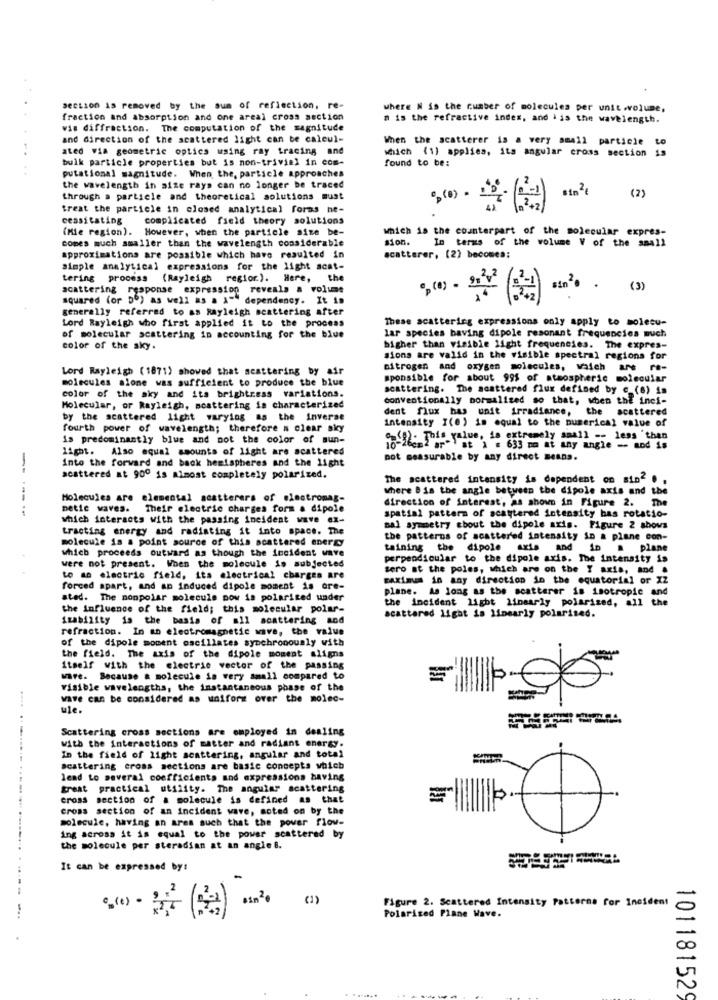
section is removed by the sum of reflection, re-
where N is the number of molecules per unit wolune,
fraction and absorption and one areal cross section
n is the refractive index, and iis the wavelength.
wis diffraction. The computation of the magnitude
and direction of the scattered light can be calcul-
When the scatterer is a very small particle to
ated via geometric optics using ray tracing and
which (1) applies, its angular cross section is
bulk particle properties but is non-trivial in com-
found to be:
putational magnitude. When the, particle approaches
the wavelength in size rays can no longer be traced
through a particle and theoretical solutions must
( 2)
treat the particle in closed analytical forms ne-
cessitating
complicated field theory solutions
(Mie region). However, when the particle size be-
which is the counterpart of the molecular expres-
comes much smaller than the wavelength considerable
sion.
In terms of the volume V of the small
approximations are possible which have resulted in
scatterer, (2) becomea:
simple analytical expressions for the light scat-
tering process (Rayleigh region.). Here, the
acattering response expression reveals a volume
sin2· · (3)
squared (or DO) as well as a A"" dependency. It is
generally referred to as Rayleigh scattering after
Lord Rayleigh who first applied it to the process
These scattering expressions only apply to molecu-
of molecular scattering in accounting for the blue
lar species baving dipole resonant frequencies much
color of the sky.
higher than visible light frequencies. The expres-
sions are valid in the visible spectral regions for
Lord Rayleigh (1871) showed that scattering by air
nitrogen and oxygen molecules, which are re-
molecules alone was sufficient to produce the blue
sponsible for about 995 of atmospheric molecular
scattering. The scattered flux defined by c (8) is
color of the sky and its brightness variations.
conventionally normalized so that, when the inci-
Molecular, or Rayleigh, scattering is characterized
dent flux has unit irradiance, the scattered
by the scattered light varying as the inverse
intensity I(e) is equal to the numerical value of
fourth power of wavelength; therefore a clear sky
is predominantly blue and not the color of sun-
-'i2- This.value. is extremely small -- less than
light. Also equal amounts of light are scattered
en2 ar") at 1 = 633 mm at any angle -- and is
Into the forward and back hemispheres and the light
not measurable by any direct means.
scattered at 900 is almost completely polarized.
The scattered intensity is dependent on sin . ,
where Bis the angle between the dipole axis and the
-----
Molecules are elemental scatterers of electromag-
direction of interest, as shown in Figure 2. The
metic waves.
Their electric charges form a dipole
which interacts with the passing incident wave ex-
spatial pattern of scattered intensity has rotation
tracting energy and radiating it into space. The
Bal symmetry about the dipole axis. Figure 2 shows
molecule is a point source of this scattered energy
the patterns of scattered intensity in a plane con-
which proceeds outward as though the incident wave
twining the dipole axis and in a plane
perpendicular to the dipole axis. The intensity is
were not present. When the molecule is subjected
sero at the poles, which are on the Y axis, and .
to an electric field, its electrical charges are
maximum in say direction in the equatorial or IZ
forced apart, and an induced dipole moment is ore-
plane. As long as the scatterer is isotropic and
sted. The nonpolar molecule pow is polarized uader
the incident light linearly polarized, all the
the influence of the field; this molecular polar-
Stability is the basis of all scattering and
scattared light is linearly polarised.
refraction. In an electromagnetic wave, the value
of the dipole moment oscillates synchronously with
the field. The axis of the dipole moment aligns
itself with the electric vector of the passing
ware. Because a molecule is very small compared to
visible wavelengths, the instantaneous phase of the
wave can be considered as wnifort over the molec-
ule.
Scattering cross sections are employed in dealing
with the interactions of matter and radiant energy.
In the field of light scattering, angular and total
scattering cross sections are basic concepts which
lead to several coefficients and expressions having
great practical utility. The angular scattering
cross section of a molecule is defined as that
cross section of an incident wave, soted on by the
molecule, having an area such that the pover flow-
.... ........ ............
ing across it is equal to the power scattered by
the molecule per steradian at an angle 8.
It can be expressed by:
Figure 2. Scattered Intensity Patterns for Incident
Polarised Plane Wave.
101181529